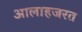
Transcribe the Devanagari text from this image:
आलाहजरत